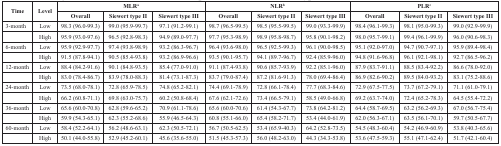
<table><thead><tr><td rowspan="2"><b>Time</b></td><td rowspan="2"><b>Level</b></td><td colspan="3"><b>MLR<sup>a</sup></b></td><td colspan="3"><b>NLR<sup>b</sup></b></td><td colspan="3"><b>PLR<sup>c</sup></b></td></tr><tr><td><b>Overall</b></td><td><b>Siewert type II</b></td><td><b>Siewert type III</b></td><td><b>Overall</b></td><td><b>Siewert type II</b></td><td><b>Siewert type III</b></td><td><b>Overall</b></td><td><b>Siewert type II</b></td><td><b>Siewert type III</b></td></tr></thead><tbody><tr><td>3-month</td><td>Low</td><td>98.3 (96.0-99.3)</td><td>99.0 (95.9-99.7)</td><td>97.1 (91.2-99.1)</td><td>98.7 (96.5-99.5)</td><td>98.5 (95.5-99.5)</td><td>99.0 (93.3-99.9)</td><td>98.4 (96.1-99.3)</td><td>98.1 (95.0-99.3)</td><td>99.0 (92.9-99.9)</td></tr><tr><td></td><td>High</td><td>95.9 (93.0-97.6)</td><td>96.5 (92.8-98.3)</td><td>94.9 (89.0-97.7)</td><td>97.7 (95.3-98.9)</td><td>98.9 (95.8-98.7)</td><td>95.8 (90.1-98.2)</td><td>98.0 (95.7-99.1)</td><td>99.4 (96.1-99.9)</td><td>96.0 (90.6-98.3)</td></tr><tr><td>6-month</td><td>Low</td><td>95.9 (92.9-97.7)</td><td>97.4 (93.8-98.9)</td><td>93.2 (86.3-96.7)</td><td>96.4 (93.6-98.0)</td><td>96.5 (92.5-99.3)</td><td>96.1 (90.0-98.5)</td><td>95.1 (92.0-97.0)</td><td>94.7 (90.7-97.1)</td><td>95.9 (89.4-98.4)</td></tr><tr><td></td><td>High</td><td>91.5 (87.8-94.1)</td><td>90.5 (85.4-93.8)</td><td>93.2 (86.9-96.6)</td><td>93.5 (90.1-95.7)</td><td>94.1 (89.7-96.7)</td><td>92.4 (85.9-96.0)</td><td>94.8 (91.6-96.8)</td><td>96.1 (92.1-98.1)</td><td>92.7 (86.5-96.2)</td></tr><tr><td>12-month</td><td>Low</td><td>88.4 (84.2-91.6)</td><td>90.1 (84.8-93.5)</td><td>85.4 (77.0-91.0)</td><td>91.1 (87.4-93.8)</td><td>90.6 (85.7-93.9)</td><td>92.2 (85.1-96.0)</td><td>87.9 (83.7-91.1)</td><td>88.5 (83.4-92.2)</td><td>86.6 (78.0-92.0)</td></tr><tr><td></td><td>High</td><td>83.0 (78.4-86.7)</td><td>83.9 (78.0-88.3)</td><td>81.4 (73.1-87.3)</td><td>83.7 (79.0-87.4)</td><td>87.2 (81.6-91.3)</td><td>78.0 (69.4-86.4)</td><td>86.9 (82.6-90.2)</td><td>89.5 (84.0-93.2)</td><td>83.1 (75.2-88.6)</td></tr><tr><td>24-month</td><td>Low</td><td>73.5 (68.0-78.1)</td><td>72.8 (65.9-78.5)</td><td>74.8 (65.2-82.1)</td><td>74.4 (69.1-78.9)</td><td>72.8 (66.1-78.4)</td><td>77.7 (68.3-84.6)</td><td>72.9 (67.5-77.5)</td><td>73.7 (67.2-79.1)</td><td>71.1 (61.0-79.1)</td></tr><tr><td></td><td>High</td><td>66.2 (60.8-71.1)</td><td>69.8 (63.0-75.7)</td><td>60.2 (50.8-68.4)</td><td>67.6 (62.1-72.6)</td><td>73.4 (66.5-79.1)</td><td>58.5 (49.0-66.8)</td><td>69.2 (63.7-74.0)</td><td>72.4 (65.2-78.3)</td><td>64.5 (55.4-72.2)</td></tr><tr><td>36-month</td><td>Low</td><td>65.6 (60.0-70.8)</td><td>62.8 (59.6-65.2)</td><td>70.9 (61.1-78.6)</td><td>65.6 (60.0-70.6)</td><td>61.4 (54.3-67.7)</td><td>73.8 (64.2-81.2)</td><td>64.4 (58.7-69.5)</td><td>63.2 (56.2-69.3)</td><td>67.0 (56.7-75.4)</td></tr><tr><td></td><td>High</td><td>59.9 (54.3-65.1)</td><td>62.3 (55.2-68.6)</td><td>55.9 (46.5-64.3)</td><td>60.8 (55.1-66.0)</td><td>65.4 (58.2-71.7)</td><td>53.4 (44.0-61.9)</td><td>62.0 (56.3-67.1)</td><td>63.5 (56.1-70.1)</td><td>59.7 (50.5-67.7)</td></tr><tr><td>60-month</td><td>Low</td><td>58.4 (52.2-64.1)</td><td>56.2 (48.6-63.1)</td><td>62.3 (50.5-72.1)</td><td>56.7 (50.5-62.5)</td><td>53.4 (65.9-40.3)</td><td>64.2 (52.8-73.5)</td><td>54.5 (48.3-60.4)</td><td>54.2 (46.9-60.9)</td><td>53.8 (40.3-65.6)</td></tr><tr><td></td><td>High</td><td>50.1 (44.0-55.8)</td><td>52.9 (45.2-60.1)</td><td>45.6 (35.6-55.0)</td><td>51.5 (45.3-57.3)</td><td>56.0 (48.2-63.0)</td><td>44.3 (34.3-53.8)</td><td>53.6 (47.5-59.3)</td><td>55.1 (47.1-62.4)</td><td>51.7 (42.1-60.4)</td></tr></tbody></table>